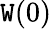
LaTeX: \mathtt{W}(0)